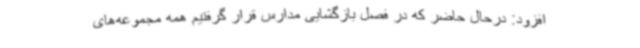
افزود: درحال حاضر که در فصل بازگشایی مدارس قرار گرفتیم همه مجموعه‌های